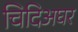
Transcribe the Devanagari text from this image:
चिदिअघर